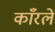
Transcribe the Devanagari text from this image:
काँरले